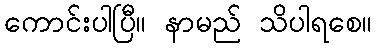
ကောင်းပါပြီ။ နာမည် သိပါရစေ။